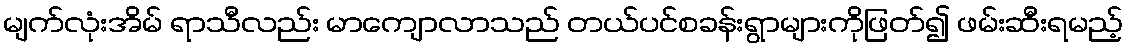
မျက်လုံးအိမ် ရာသီလည်း မာကျောလာသည် တယ်ပင်စခန်းရွာများကိုဖြတ်၍ ဖမ်းဆီးရမည့်